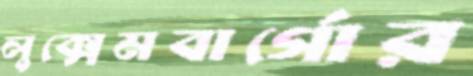
লুক্সেমবার্গোর